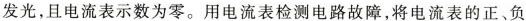
发光，且电流表示数为零。用电流表检测电路故障，将电流表的正、负